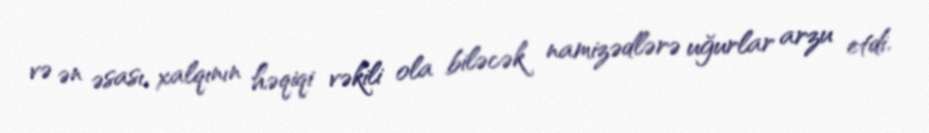
və ən əsası, xalqının həqiqi vəkili ola biləcək namizədlərə uğurlar arzu etdi.